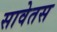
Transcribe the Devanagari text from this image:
सावेतस